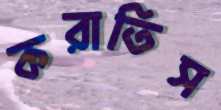
করাতিস